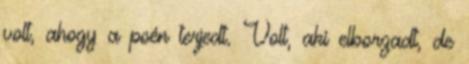
volt, ahogy a poén terjedt. Volt, aki elborzadt, de